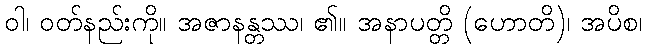
ဝါ၊ ဝတ်နည်းကို။ အဇာနန္တဿ၊ ၏။ အနာပတ္တိ (ဟောတိ)၊ အပိစ၊